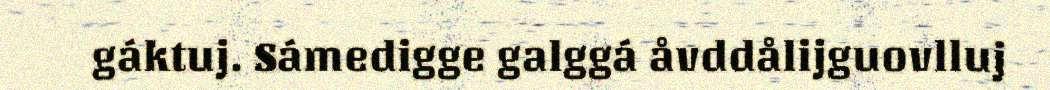
gáktuj. Sámedigge galggá åvddålijguovlluj